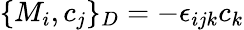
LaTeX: \{ M_{i},c_{j}\} _{D}=-\epsilon_{ijk}c_{k}